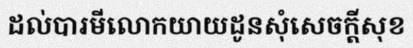
ដល់បារមីលោកយាយដូនសុំសេចក្តីសុខ